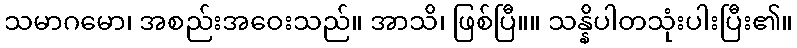
သမာဂမော၊ အစည်းအဝေးသည်။ အာသိ၊ ဖြစ်ပြီ။။ သန္နိပါတသုံးပါးပြီး၏။